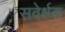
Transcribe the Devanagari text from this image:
सवेर्क्षक